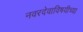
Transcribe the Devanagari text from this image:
नवरदेवाविषयीच्या